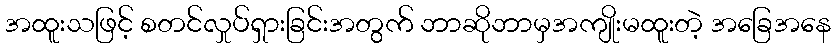
အထူးသဖြင့် စတင်လှုပ်ရှားခြင်းအတွက် ဘာဆိုဘာမှအကျိုးမထူးတဲ့ အခြေအနေ